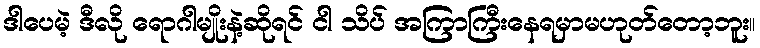
ဒါပေမဲ့ ဒီလို ရောဂါမျိုးနဲ့ဆိုရင် ငါ သိပ် အကြာကြီးနေရမှာမဟုတ်တော့ဘူး။